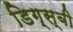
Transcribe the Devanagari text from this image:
डिग्स्बी